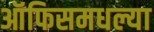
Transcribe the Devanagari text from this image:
ऑफिसमधल्या